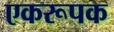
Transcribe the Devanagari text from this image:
एकरूपक